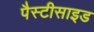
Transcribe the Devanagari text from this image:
पैस्टीसाइड